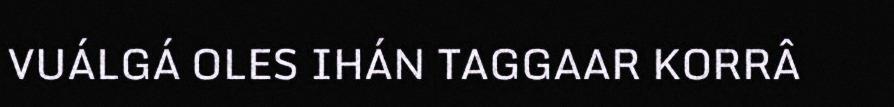
VUÁLGÁ OLES IHÁN TAGGAAR KORRÂ